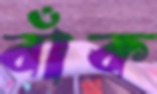
বাঁক